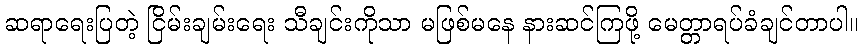
ဆရာရေးပြတဲ့ ငြိမ်းချမ်းရေး သီချင်းကိုသာ မဖြစ်မနေ နားဆင်ကြဖို့ မေတ္တာရပ်ခံချင်တာပါ။